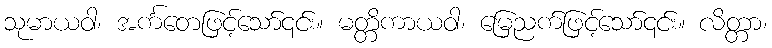
သုမာယဝါ၊ အင်္ကတေဖြင့်သော်၎င်း။ မတ္တိကာယဝါ၊ မြေညက်ဖြင့်သော်၎င်း။ လိတ္တာ၊